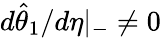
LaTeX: d\hat{\theta}_{1}/d\eta|_{-}\neq 0